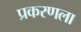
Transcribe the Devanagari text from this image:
प्रकरणला